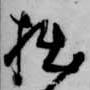
拙